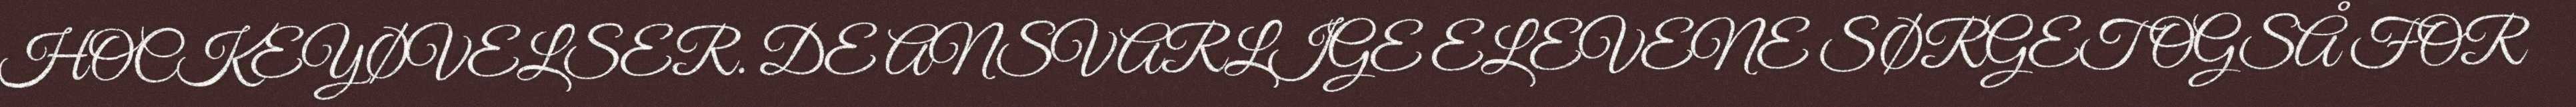
HOCKEYØVELSER. DE ANSVARLIGE ELEVENE SØRGET OGSÅ FOR